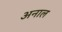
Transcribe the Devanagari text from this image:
अनाल